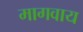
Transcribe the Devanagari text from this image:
मागवाय